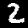
Digit: 2